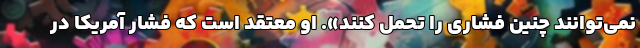
نمی‌توانند چنین فشاری را تحمل کنند». او معتقد است که فشار آمریکا در